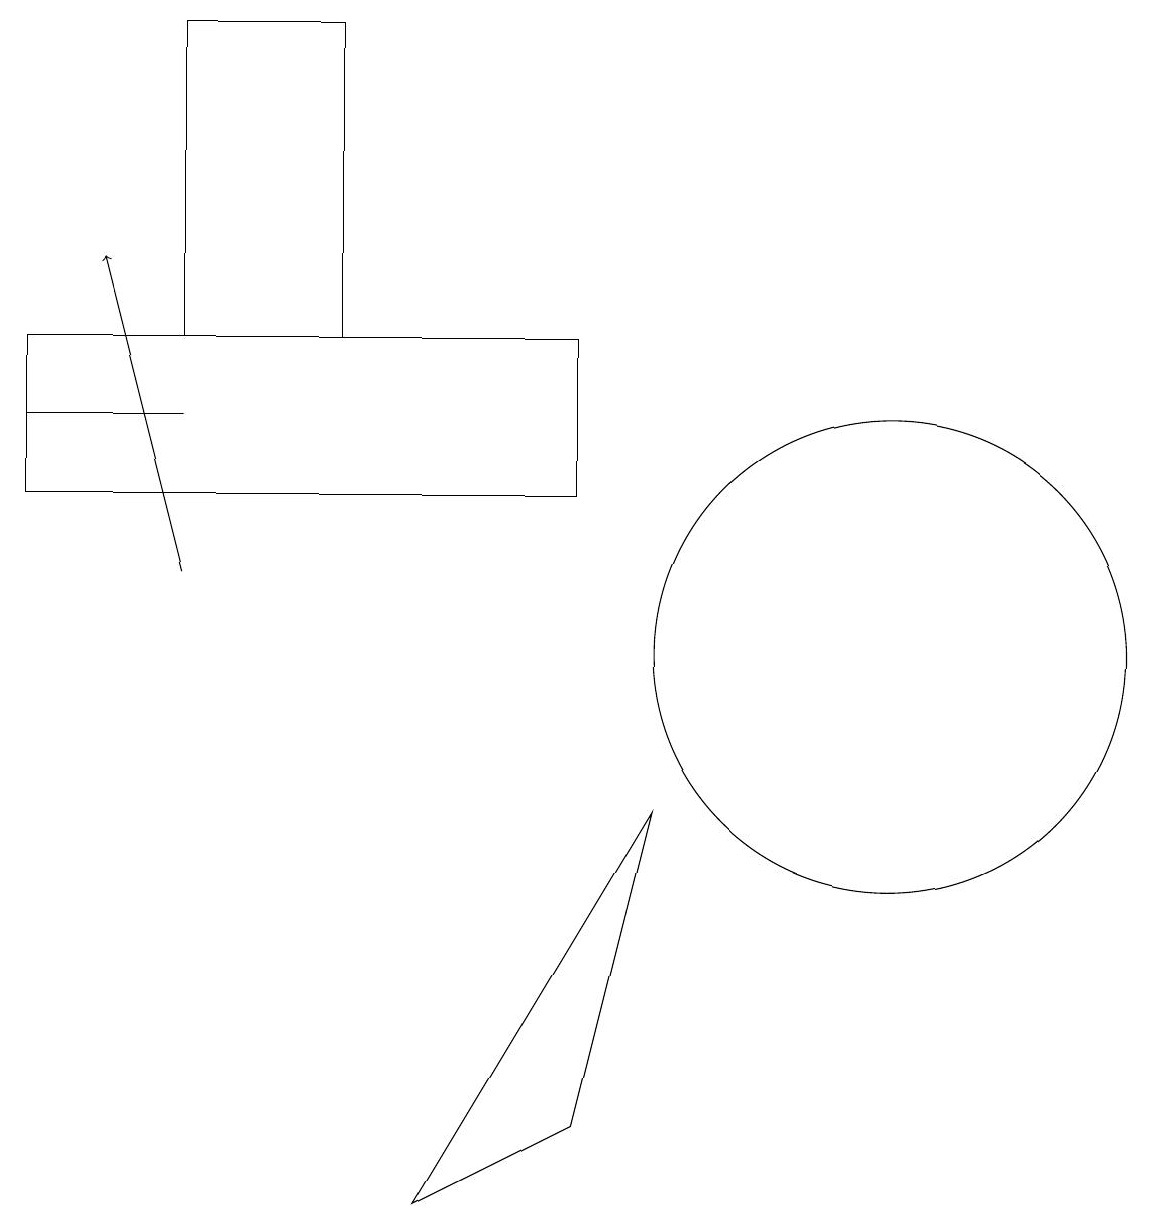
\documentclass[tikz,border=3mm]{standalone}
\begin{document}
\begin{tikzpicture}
\draw (12,10) circle (3);
\draw (3,13) rectangle (1,13);
\draw[->] (3,11) -- (2,15);
\draw (1,12) rectangle (8,14);
\draw (6,3) -- (9,8) -- (8,4) -- cycle;
\draw (3,14) rectangle (5,18);
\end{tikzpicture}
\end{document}